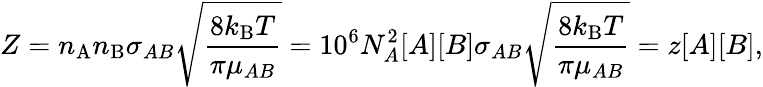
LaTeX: Z=n_{\mathrm{A}}n_{\mathrm{B}}\sigma_{AB}{\sqrt{\frac{8k_{\mathrm{B}}T}{\pi\mu_{AB}}}}=10^{6}N_{A}^{2}[A][B]\sigma_{AB}{\sqrt{\frac{8k_{\mathrm{B}}T}{\pi\mu_{AB}}}}=z[A][B],